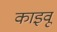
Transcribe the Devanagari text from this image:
काइवू